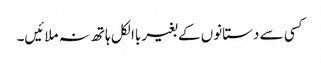
کسی سے دستانوں کے بغیر باالکل ہاتھ نہ ملائیں۔